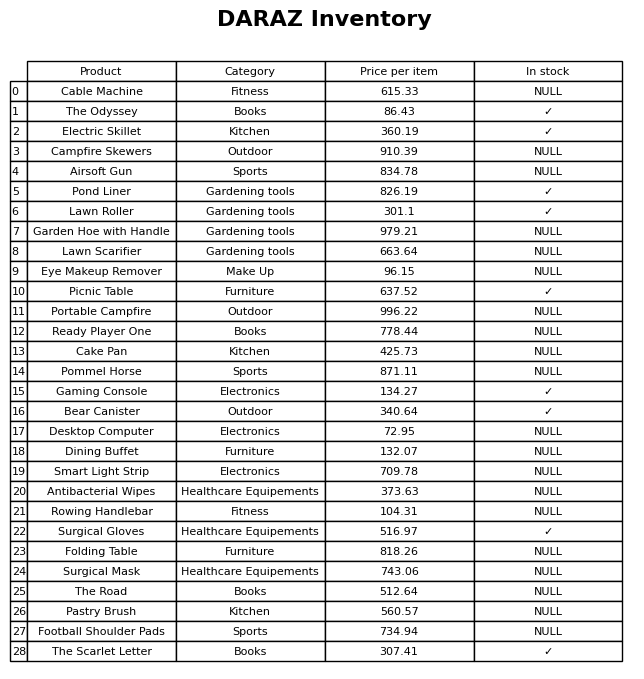
question: What is the price of the Surgical Mask?
answer: The price of Surgical Mask is 743.06.